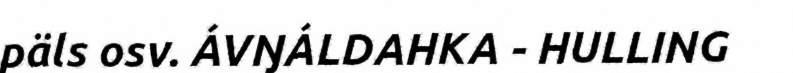
päls osv. ÁVŊÁLDAHKA - HULLING